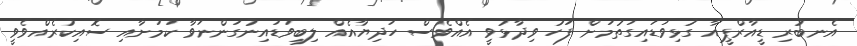
އެނބުރި ޑީއާރްޕީއާ ގުޅިވަޑައިގަތުމަށް ފަހު ވިދާޅުވީ އެއްވެސް ހަދިޔާއެއް ލިބިވަޑައިނުގަންނަވާ ކަމަށާއި ސޮއިކުރެއްވެވީ